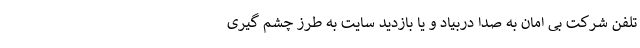
تلفن شرکت بی امان به صدا دربیاد و یا بازدید سایت به طرز چشم گیری